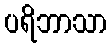
ပရိဘာသာ